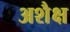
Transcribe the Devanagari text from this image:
अशैक्ष